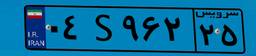
۲۴S۰۹۶۳۴